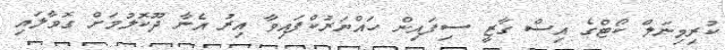
ކުރިމިނަލް ކޯޓްގެ އިސް ގާޒީ ސިފައިން ހައްޔަރުކްފައިވާ އިރު އެނާ ދޫކޮލުމަށް ގޮވާލައި